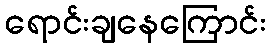
ရောင်းချနေကြောင်း